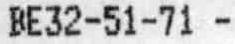
BE32-51-71 -